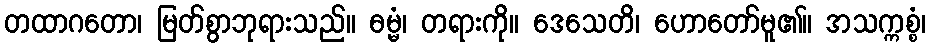
တထာဂတော၊ မြတ်စွာဘုရားသည်။ ဓမ္မံ၊ တရားကို။ ဒေသေတိ၊ ဟောတော်မူ၏။ အသက္ကစ္စံ၊